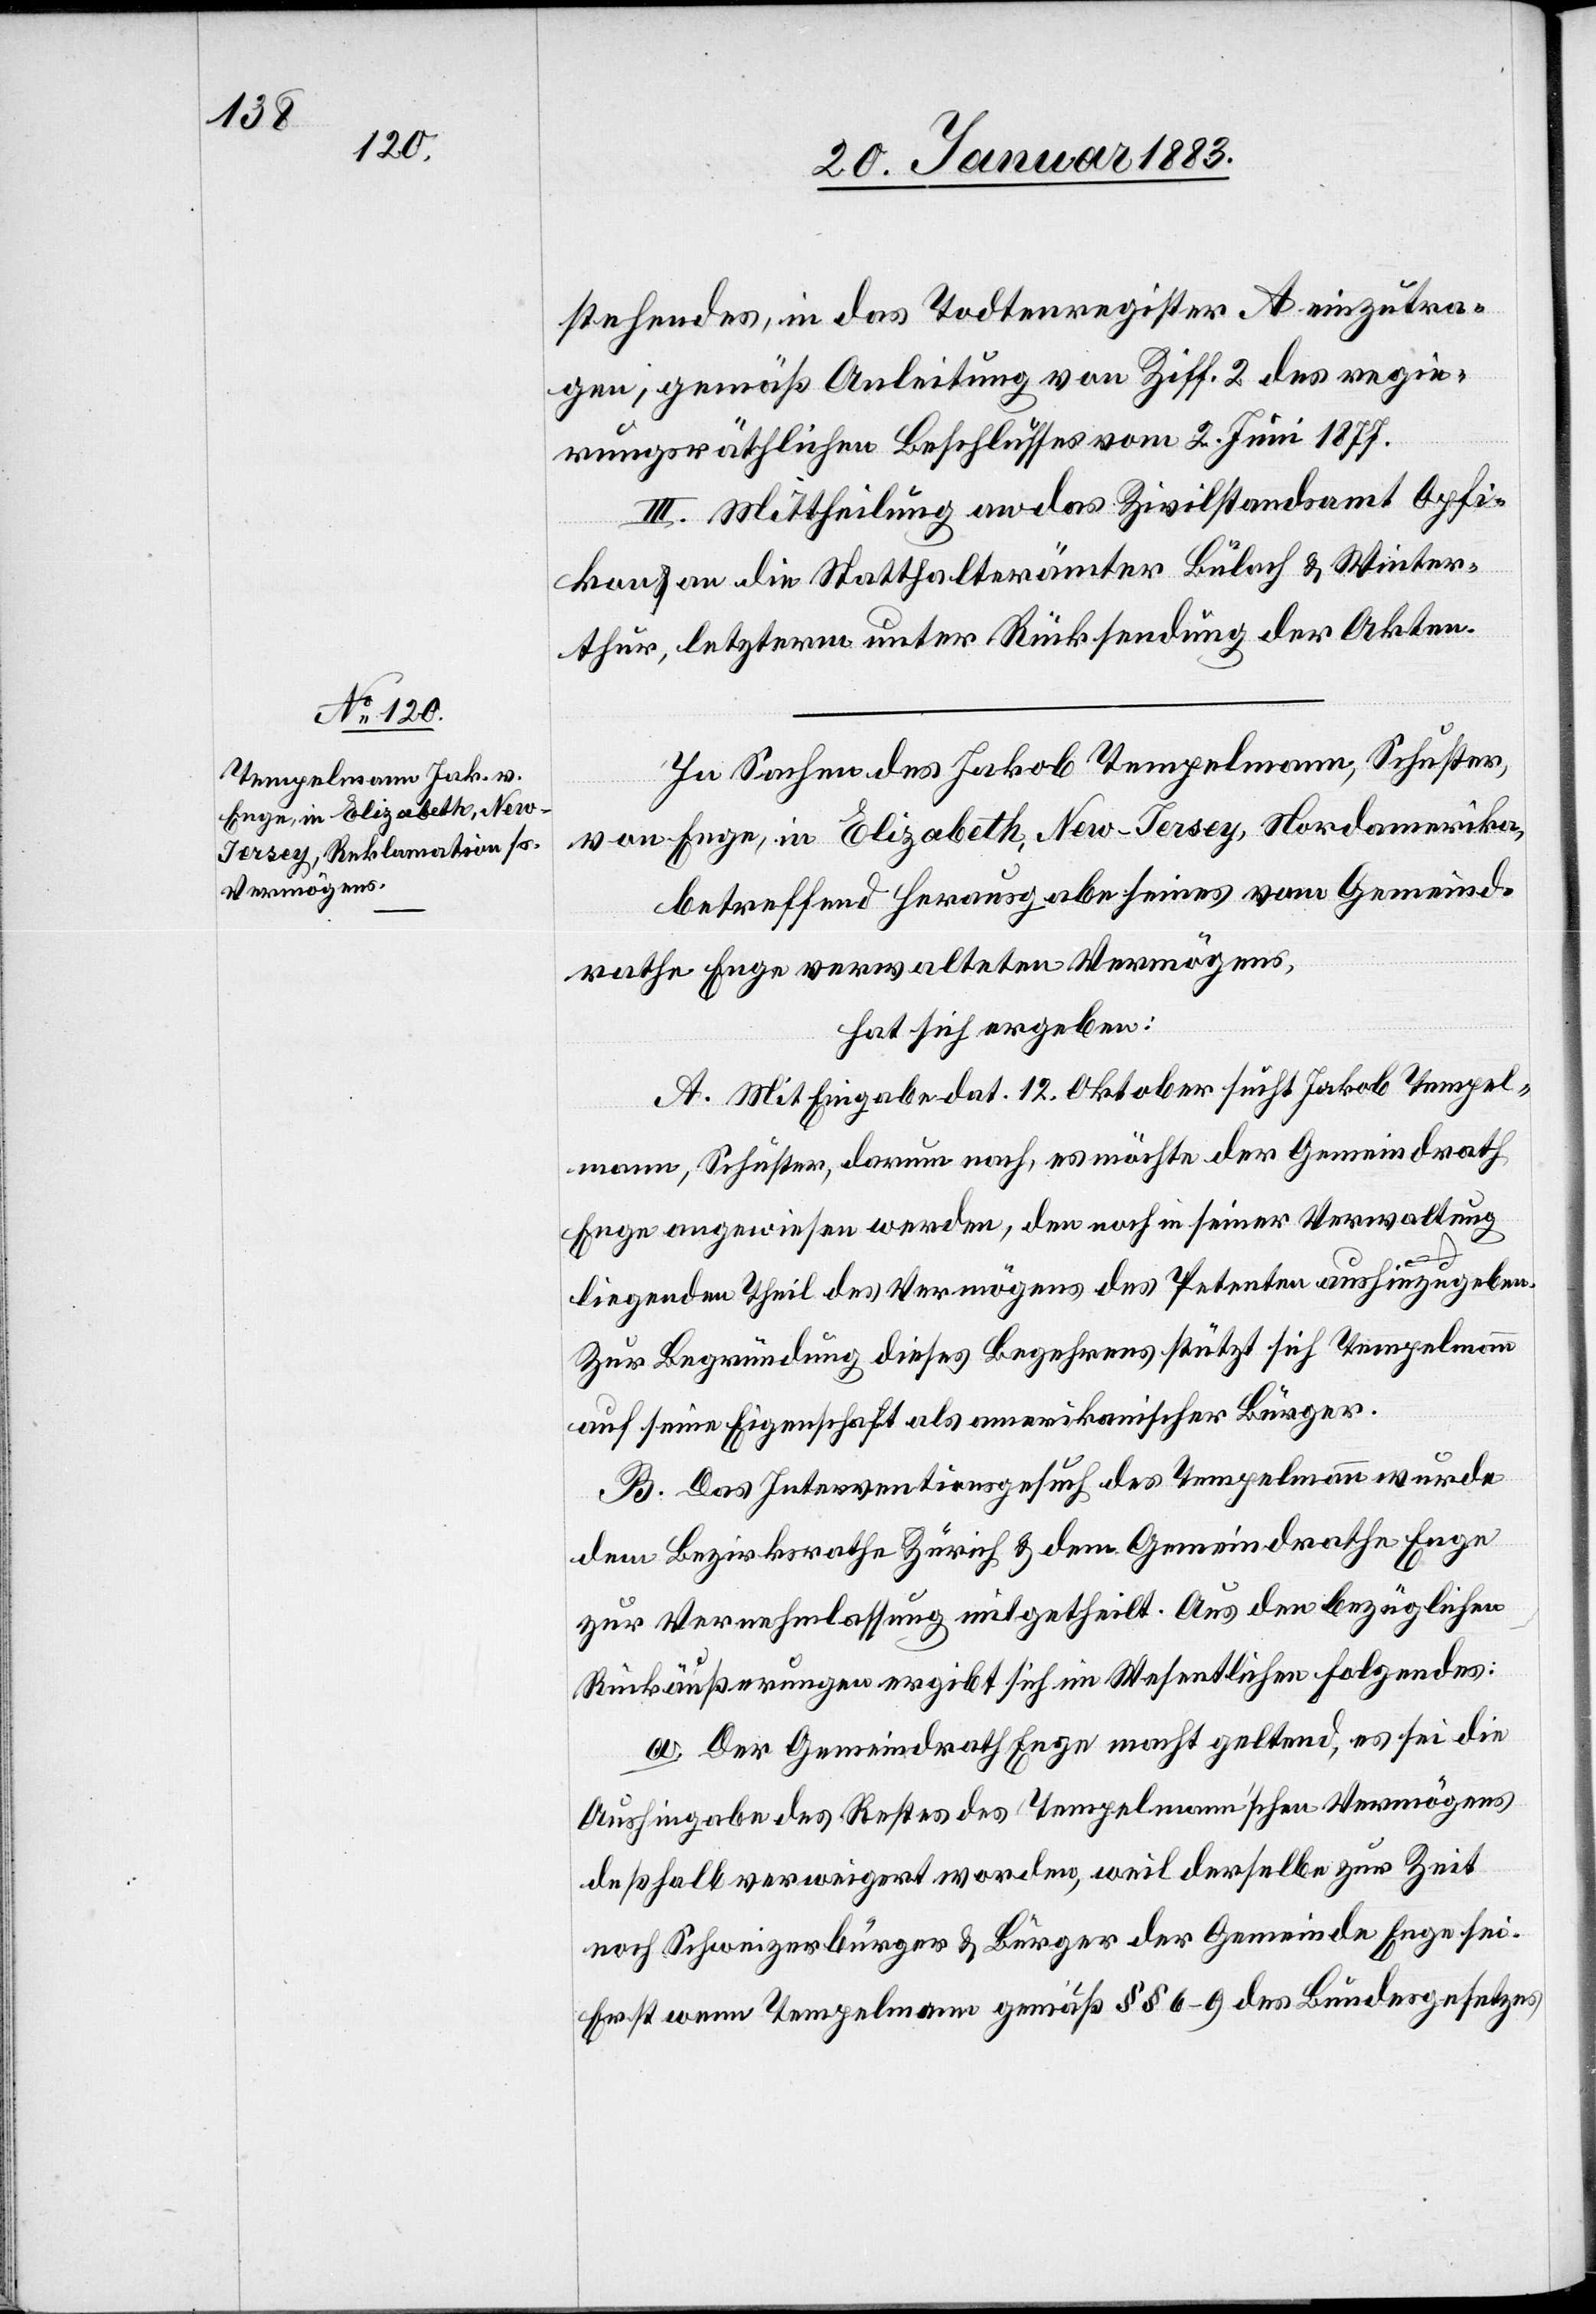
stehendes, in das Todtenregister A einzutra¬
gen, gemäß Anleitung von Ziff. 2 des regie¬
rungsräthlichen Beschlusses vom 2. Juni 1877.
III. Mittheilung an das Zivilstandsamt Opfi¬
kon & an die Statthalterämter Bülach & Winter¬
thur, letzterm unter Rücksendung der Akten.
In Sachen des Jakob Tempelmann, Schuster,
von Enge, in Elizabeth, New-Jersey, Nordamerika,
betreffend Herausgabe seines vom Gemeind¬
rathe Enge verwalteten Vermögens,
hat sich ergeben:
A. Mit Eingabe dat. 12. Oktober sucht Jakob Tempel¬
mann, Schuster, darum nach, es möchte der Gemeindrath
Enge angewiesen werden, den noch in seiner Verwaltung
liegenden Theil des Vermögens des Petenten aushinzugeben.
Zur Begründung dieses Begehrens stützt sich Tempelmann
auf seine Eigenschaft als amerikanischer Bürger.
B. Das Interventionsgesuch des Tempelmann wurde
dem Bezirksrathe Zürich & dem Gemeindrathe Enge
zur Vernehmlassung mitgetheilt. Aus den bezüglichen
Rückäußerungen ergibt sich im Wesentlichen Folgendes:
a. Der Gemeindrath Enge macht geltend, es sei die
Aushingabe des Restes des Tempelmannʼschen Vermögens
deßhalb verweigert worden, weil derselbe zur Zeit
noch Schweizerbürger & Bürger der Gemeinde Enge sei.
Erst wenn Tempelmann gemäß §§ 6–9 des Bundesgesetzes